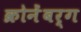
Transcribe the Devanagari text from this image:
क्रोनेंबर्ग